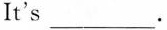
It's ___.